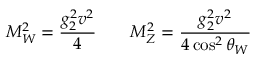
M _ { W } ^ { 2 } = { \frac { g _ { 2 } ^ { 2 } v ^ { 2 } } { 4 } } \qquad M _ { Z } ^ { 2 } = { \frac { g _ { 2 } ^ { 2 } v ^ { 2 } } { 4 \cos ^ { 2 } \theta _ { W } } }